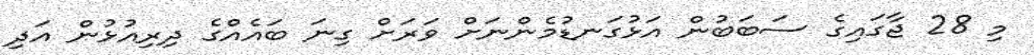
މި 28 ޖާގައިގެ ސަބަބުން އަޅުގަނޑުމެންނަށް ވަރަށް ގިނަ ބައެއްގެ ދިރިއުޅުން އަދި